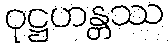
ဝုဋ္ဌဟန္တဿ